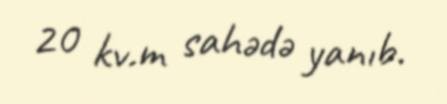
20 kv.m sahədə yanıb.